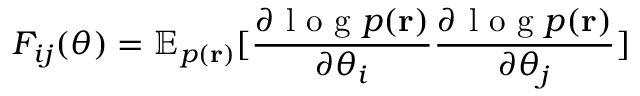
F _ { i j } ( \theta ) = \mathbb { E } _ { p ( \mathbf { r } ) } [ \frac { \partial \mathrm { ~ l ~ o ~ g ~ } p ( \mathbf { r } ) } { \partial \theta _ { i } } \frac { \partial \mathrm { ~ l ~ o ~ g ~ } p ( \mathbf { r } ) } { \partial \theta _ { j } } ]